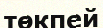
төкпей